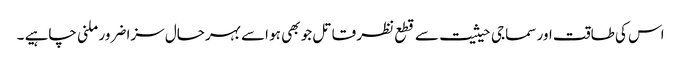
اس کی طاقت اور سماجی حیثیت سے قطع نظر قاتل جو بھی ہو اسے بہرحال سزا ضرور ملنی چاہیے ۔